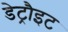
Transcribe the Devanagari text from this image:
डेट्रौइट